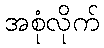
အစုံလိုက်